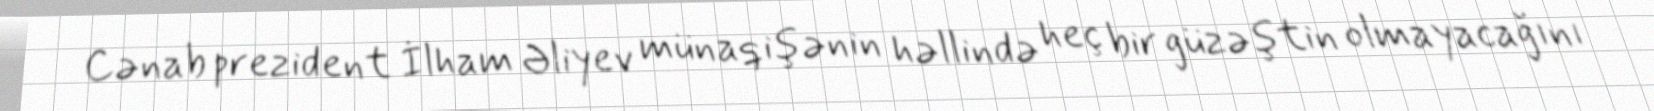
Cənab prezident İlham Əliyev münaqişənin həllində heç bir güzəştin olmayacağını